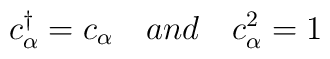
c^{\dagger}_{\alpha} = c_{\alpha} \ \ \ and  \ \ \ c^{2}_{\alpha}=1